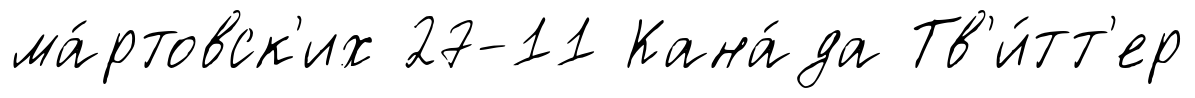
ма́ртовск'их 27-11 Кана́да Тв'и́тт'ер